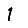
Digit: 1